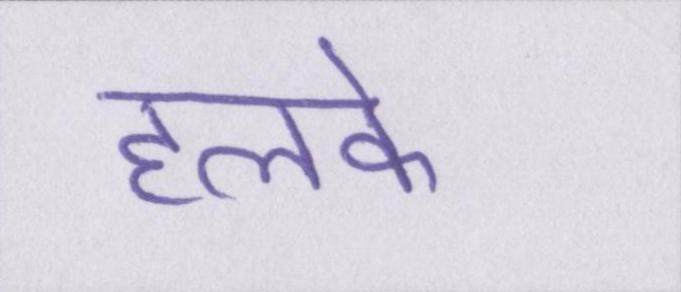
हलके